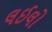
લઈલો